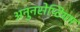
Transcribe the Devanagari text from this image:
अनुनसेप्टियम